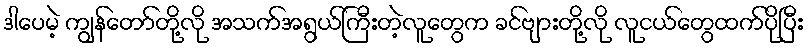
ဒါပေမဲ့ ကျွန်တော်တို့လို အသက်အရွယ်ကြီးတဲ့လူတွေက ခင်ဗျားတို့လို လူငယ်တွေထက်ပိုပြီး